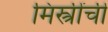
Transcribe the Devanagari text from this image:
मिस्त्रींची